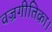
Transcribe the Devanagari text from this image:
वज्रगीतिका।